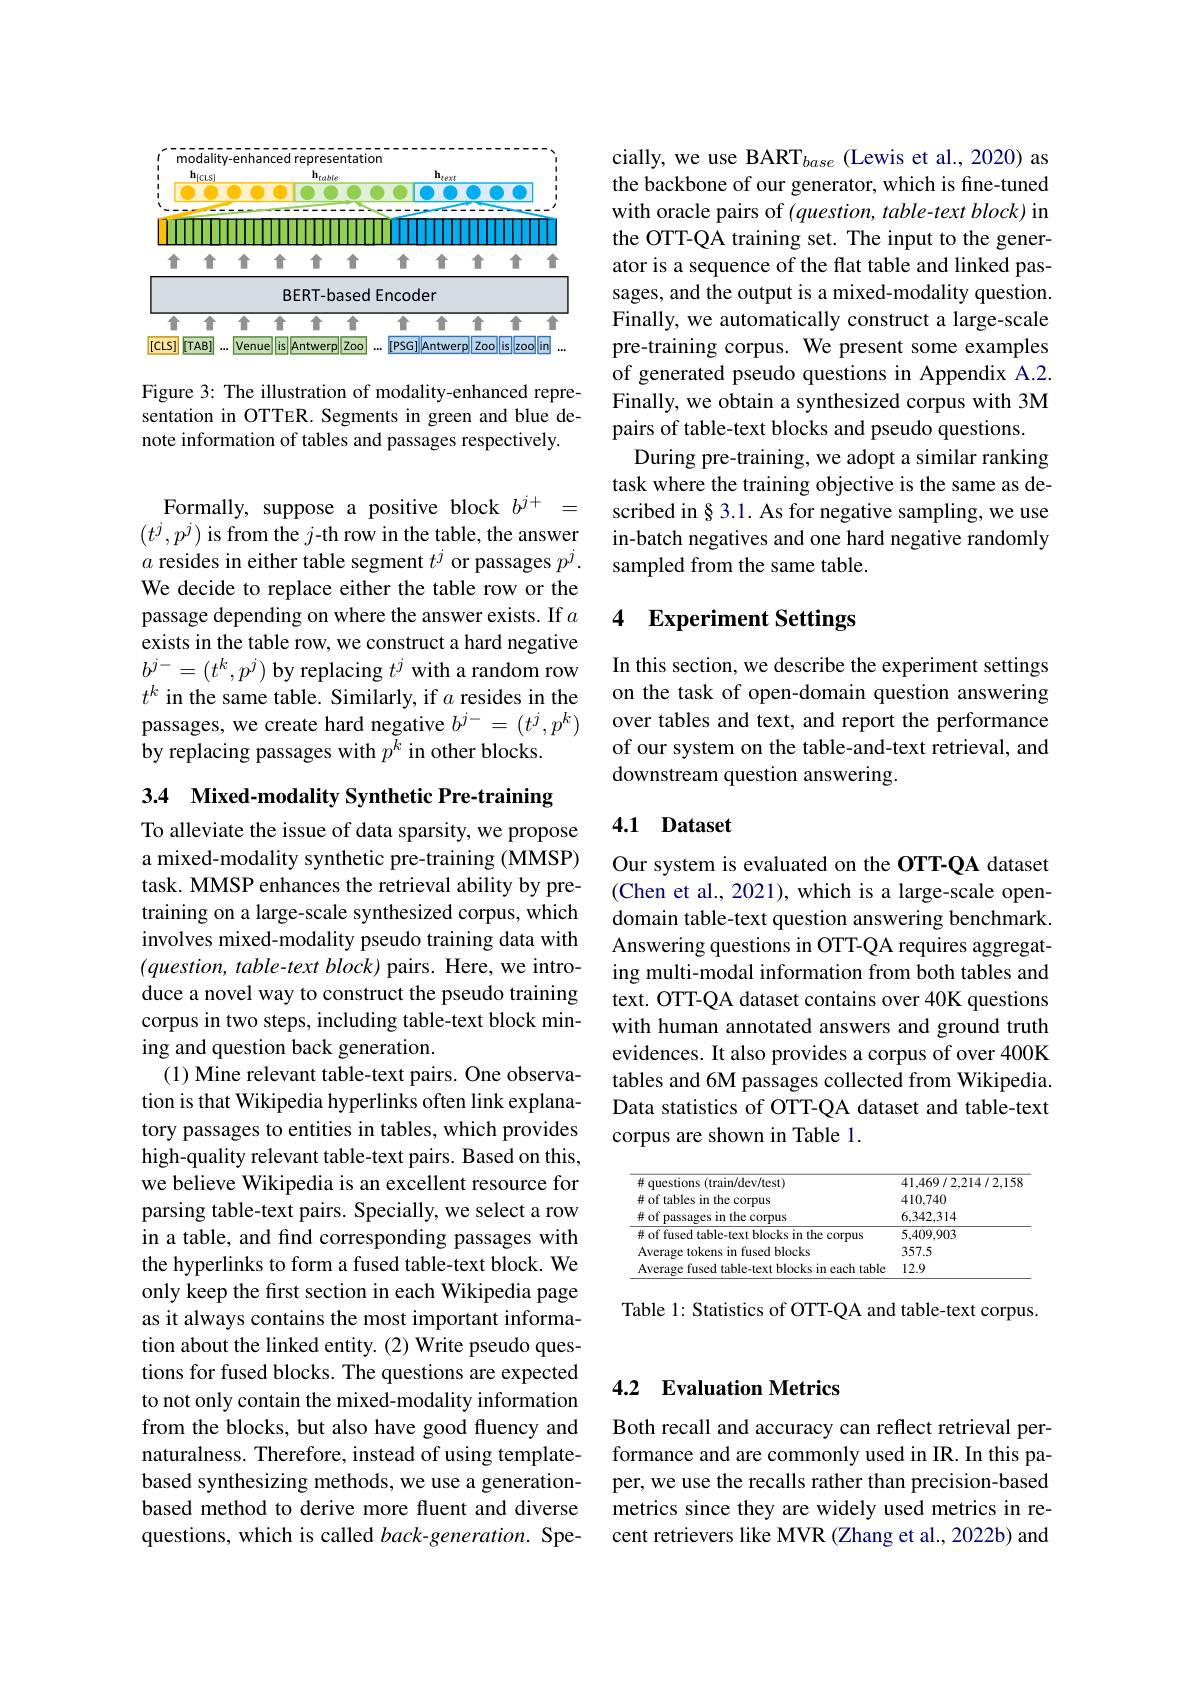
<FigureHere>

Figure 3: The illustration of modality-enhanced representation in OTTER. Segments in green and blue denote information of tables and passages respectively.

Formally, suppose a positive block $b^{j+}=$ $(t^j,p^j)$ is from the $j$-th row in the table, the answer $a$ resides in either table segment $t^j$ or passages $p^j.$ We decide to replace either the table row or the passage depending on where the answer exists. If $a$ exists in the table row, we construct a hard negative $b^{j-}=(t^k,p^j)$ by replacing $t^j$ with a random row $t^k$ in the same table. Similarly, if $a$ resides in the passages, we create hard negative $b^j-=(t^j,p^k)$ by replacing passages with $p^{\tilde{k}}$ in other blocks.

3.4 Mixed-modality Synthetic Pre-training
To alleviate the issue of data sparsity, we propose a mixed-modality synthetic pre-training (MMSP) task. MMSP enhances the retrieval ability by pretraining on a large-scale synthesized corpus, which involves mixed-modality pseudo training data with $(question,table-textblock)$ pairs. Here, we introduce a novel way to construct the pseudo training corpus in two steps, including table-text block mining and question back generation.
(1) Mine relevant table-text pairs. One observation is that Wikipedia hyperlinks often link explanatory passages to entities in tables, which provides high-quality relevant table-text pairs. Based on this, we believe Wikipedia is an excellent resource for parsing table-text pairs. Specially, we select a row in a table, and find corresponding passages with the hyperlinks to form a fused table-text block. We only keep the first section in each Wikipedia page as it always contains the most important information about the linked entity. (2) Write pseudo questions for fused blocks. The questions are expected to not only contain the mixed-modality information from the blocks, but also have good fluency and naturalness. Therefore, instead of using templatebased synthesizing methods, we use a generationbased method to derive more fluent and diverse questions, which is called back-generation. Spe-

cially, we use BART$_base$ (Lewis et al., 2020) as the backbone of our generator, which is fine-tuned with oracle pairs of $( question, table- text\textit{block})$ in the OTT-QA training set. The input to the generator is a sequence of the flat table and linked passages, and the output is a mixed-modality question. Finally, we automatically construct a large-scale pre-training corpus. We present some examples of generated pseudo questions in Appendix A.2. Finally, we obtain a synthesized corpus with 3M pairs of table-text blocks and pseudo questions.
During pre-training, we adopt a similar ranking task where the training objective is the same as described in § 3.1. As for negative sampling, we use in-batch negatives and one hard negative randomly sampled from the same table.

### 4 Experiment Settings

In this section, we describe the experiment settings on the task of open-domain question answering over tables and text, and report the performance of our system on the table-and-text retrieval, and downstream question answering.

## 4.1 Dataset

Our system is evaluated on the OTT-QA dataset (Chen et al., 2021), which is a large-scale opendomain table-text question answering benchmark. Answering questions in OTT-QA requires aggregating multi-modal information from both tables and text. OTT-QA dataset contains over 40K questions with human annotated answers and ground truth evidences. It also provides a corpus of over 400K tables and 6M passages collected from Wikipedia. Data statistics of OTT-QA dataset and table-text corpus are shown in Table 1.

<table>
	<tbody>
		<tr>
			<th rowspan="3">$\#$ questions (train/dev/test) # of tables in the corpus # of passages in the corpus</th>
			<th rowspan="3">41,469/2,214/2,158 410,740 6,342,314</th>
		</tr>
		<tr>
			<td># of fused table-text blocks in the corpus</td>
			<td>5,409,903</td>
		</tr>
		<tr>
			<td>Average tokens in fused blocks</td>
			<td>357.5</td>
		</tr>
		<tr>
			<td>Average fused table-text blocks in each table</td>
			<td>12.9</td>
		</tr>
	</tbody>
</table>

Table 1: Statistics of OTT-QA and table-text corpus.

## 4.2 Evaluation Metrics

Both recall and accuracy can reflect retrieval performance and are commonly used in IR. In this paper, we use the recalls rather than precision-based metrics since they are widely used metrics in recent retrievers like MVR (Zhang et al., 2022b) and